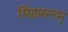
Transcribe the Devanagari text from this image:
सिंहासनम्